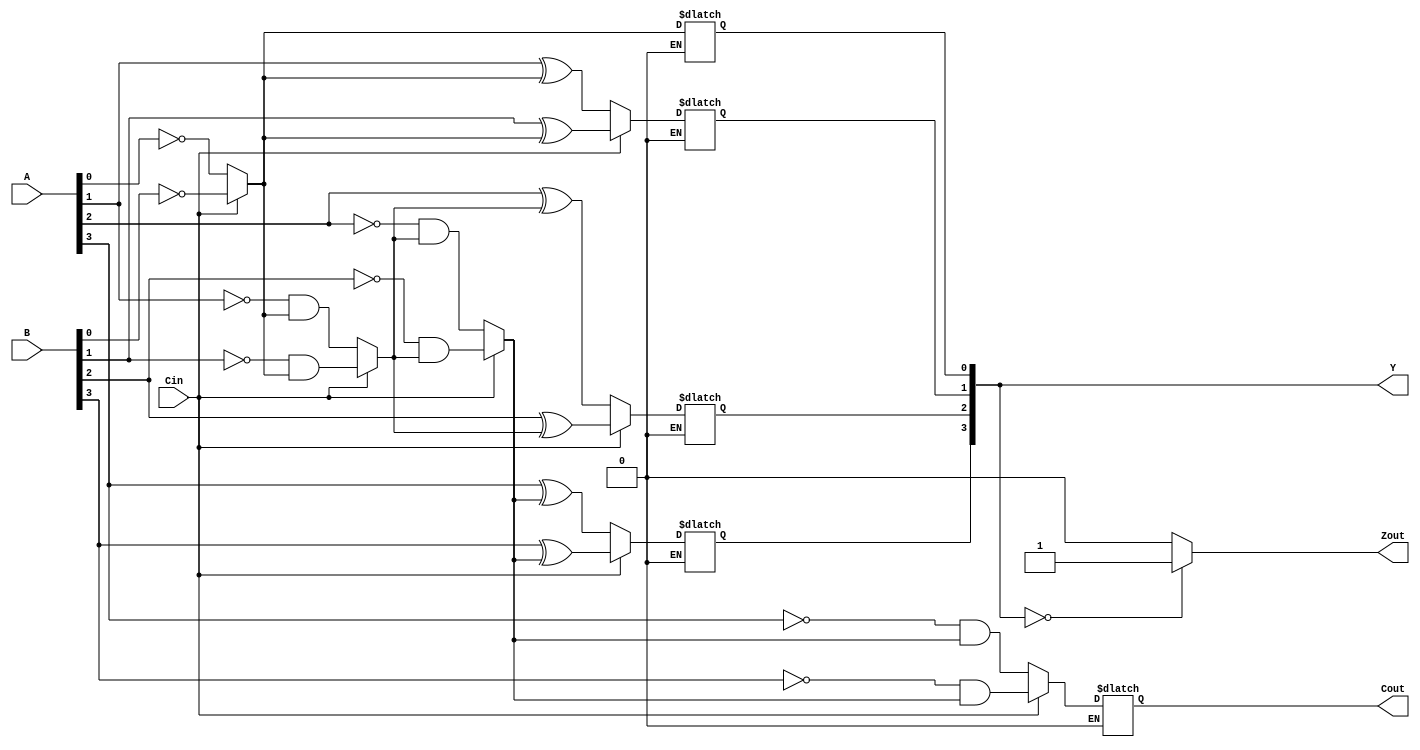
`timescale 1ns / 1ps
//////////////////////////////////////////////////////////////////////////////////
// Company: 
// Engineer: 
// 
// Design Name: 
// Module Name: Decre_Verilog_P
// Project Name: 
// Target Devices: 
// Tool Versions: 
// Description: 
// 
// Dependencies: 
// 
// Revision:
// Revision 0.01 - File Created
// Additional Comments:
// 
//////////////////////////////////////////////////////////////////////////////////


module Decre_Verilog_P(A,B,Y,Cin,Cout,Zout);
   
    parameter N = 4;
    input [N-1:0] A;
    input [N-1:0] B;
    output [N-1:0] Y;
    input Cin;
    output Cout;
    output Zout;
    
    reg [N-1:0] Y_reg;
    reg [N-1:0] B_aux = 1;
    reg [N-1:0] A_aux = 1;
    reg [N-1:0] i;
    reg [N:0] carry;
    reg t1, t2, t3, t4, t5, t6;
    
    reg Z_out;
    
    always @*
    begin
    for(i = 0; i < N; i = i + 1) 
        begin
        if (Cin == 0)
        begin
            carry [0] = 0;
            t1 = A[i] ^ B_aux[i];
            Y_reg[i] = t1 ^ carry[i];
            t4 = ~A[i];
            t2 = t4 & B_aux[i];
            t3 = t4 & carry[i];
            t5 = B_aux[i] & carry[i];
            t6 = t2 | t3;
            carry[i+1] = t6 | t5;
        end else if (Cin == 1)
        begin 
            carry [0] = 0;
            t1 = B[i] ^ A_aux[i];
            Y_reg[i] = t1 ^ carry[i];
            t4 = ~B[i];
            t2 = t4 & A_aux[i];
            t3 = t4 & carry[i];
            t5 = A_aux[i] & carry[i];
            t6 = t2 | t3;
            carry[i+1] = t6 | t5;
            
        end
        
     end
    end
    
    always @*
         begin
                if (Y_reg == 0) begin
                    Z_out = 1;
                end else begin
                    Z_out = 0;
                end
            
         end
    
    assign Y = Y_reg;
    assign Cout = carry[N];
    assign Zout = Z_out;

endmodule